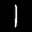
Label: 1